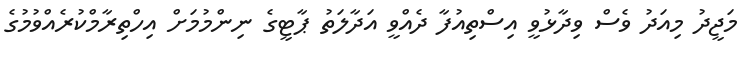
މަޖީދު މިއަދު ވެސް ވިދާޅުވީ އިސްތިއުފާ ދެއްވީ އަދާލަތު ޕާޓީގެ ނިންމުމަށް އިހްތިރާމްކުރެއްވުމުގެ